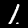
Digit: 1